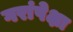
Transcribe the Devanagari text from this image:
गरांपेक्षा